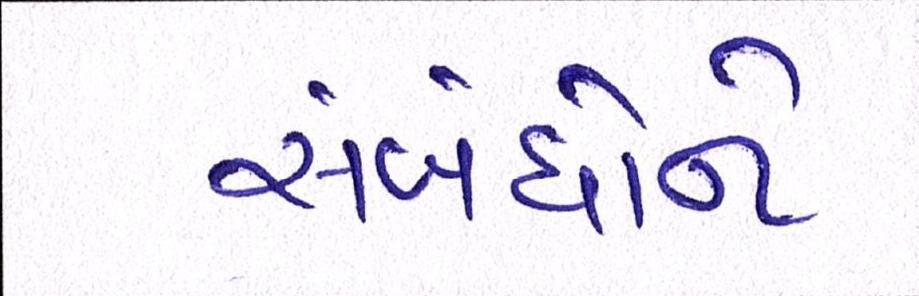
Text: સંબંધોને